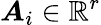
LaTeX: \boldsymbol{A}_{i}\in\mathbb{R}^{r}